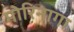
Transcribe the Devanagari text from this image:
मोरिनागा